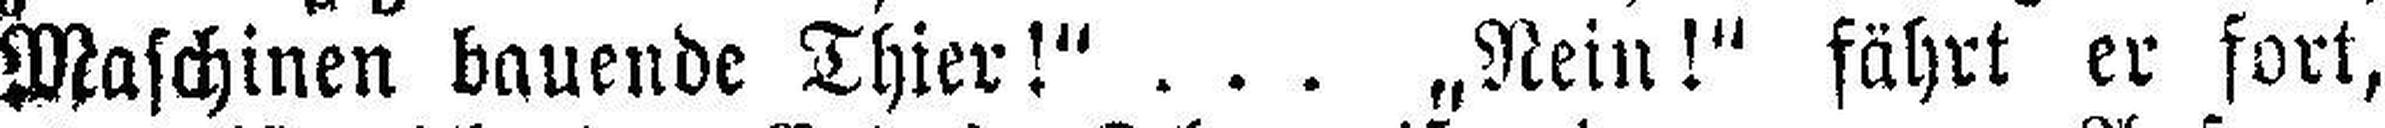
Maschinen bauende Thier!" ... „Nein!" fährt er fort,